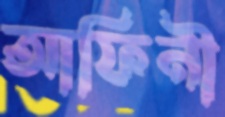
আফিনী